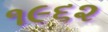
૧૯૬૨